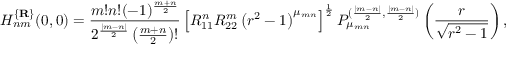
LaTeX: H _ { n m } ^ { \{ { \bf R } \} } ( 0 , 0 ) = \frac { m ! n ! ( - 1 ) ^ { \frac { m + n } 2 } } { 2 ^ { \frac { | m - n | } 2 } \left( \frac { m + n } 2 \right) ! } \left[ R _ { 1 1 } ^ { n } R _ { 2 2 } ^ { m } \left( r ^ { 2 } - 1 \right) ^ { \mu _ { m n } } \right] ^ { \frac 1 2 } P _ { \mu _ { m n } } ^ { ( \frac { | m - n | } 2 , \frac { | m - n | } 2 ) } \left( \frac r { \sqrt { r ^ { 2 } - 1 } } \right) ,